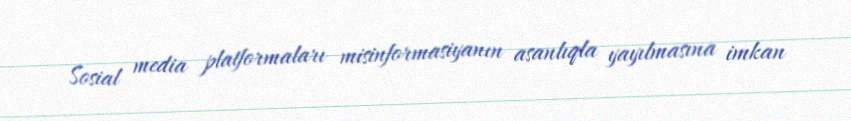
Sosial media platformaları misinformasiyanın asanlıqla yayılmasına imkan